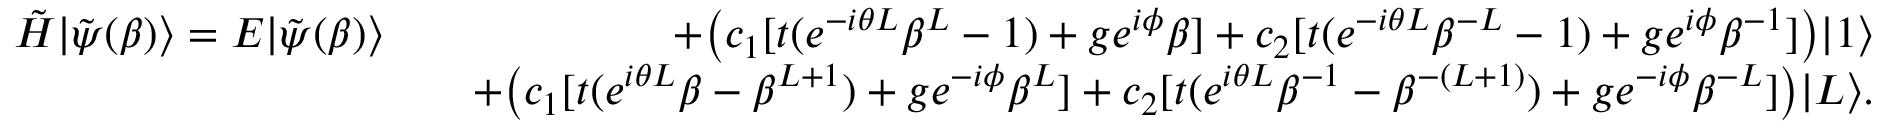
\begin{array} { r l r } { \Tilde { H } | \Tilde { \psi } ( \beta ) \rangle = E | \Tilde { \psi } ( \beta ) \rangle } & { } & { + \big ( c _ { 1 } [ t ( e ^ { - i \theta L } \beta ^ { L } - 1 ) + g e ^ { i \phi } \beta ] + c _ { 2 } [ t ( e ^ { - i \theta L } \beta ^ { - L } - 1 ) + g e ^ { i \phi } \beta ^ { - 1 } ] \big ) | 1 \rangle } \\ & { } & { + \big ( c _ { 1 } [ t ( e ^ { i \theta L } \beta - \beta ^ { L + 1 } ) + g e ^ { - i \phi } \beta ^ { L } ] + c _ { 2 } [ t ( e ^ { i \theta L } \beta ^ { - 1 } - \beta ^ { - ( L + 1 ) } ) + g e ^ { - i \phi } \beta ^ { - L } ] \big ) | L \rangle . } \end{array}